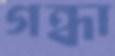
গন্ধা